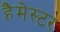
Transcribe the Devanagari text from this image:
हैमेस्टर